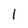
Character: l